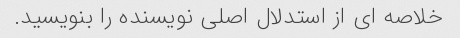
خلاصه ای از استدلال اصلی نویسنده را بنویسید.